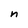
Character: n